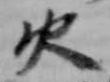
火